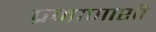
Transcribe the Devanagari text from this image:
प्रमाणाशी